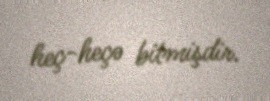
heç-heçə bitmişdir.